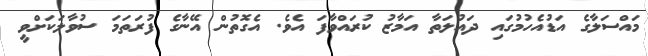
މައްސަލާގެ އަޑުއެހުމުގައި ދައުލަތާ އަމާޒު ކުރައްވާފަ އެވެ. އެގޮތުން އޭނާގެ ފުރަތަމަ ސުވާލަކަށްވީ